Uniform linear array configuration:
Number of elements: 32
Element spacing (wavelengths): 0.5
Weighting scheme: blackman
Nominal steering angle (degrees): -30
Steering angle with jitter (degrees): -30.838
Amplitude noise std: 0.05
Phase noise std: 0.05

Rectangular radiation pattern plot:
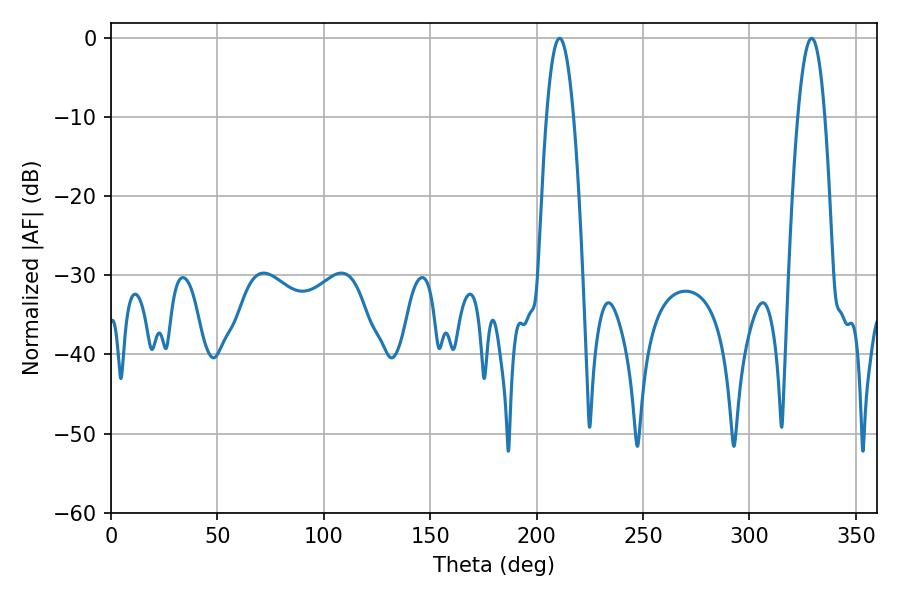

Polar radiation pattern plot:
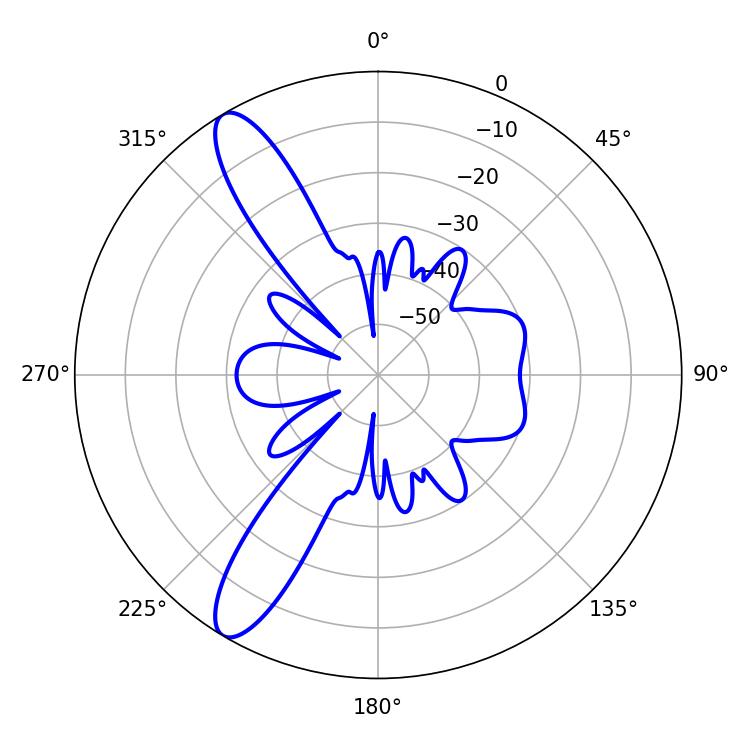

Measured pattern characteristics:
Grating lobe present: FALSE
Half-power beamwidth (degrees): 7.02
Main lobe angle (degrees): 210.78